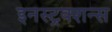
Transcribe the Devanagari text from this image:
इनस्ट्रक्शन्स